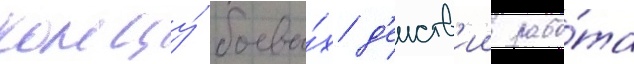
концу́ боевы́х д'еиств'ии рабо́та